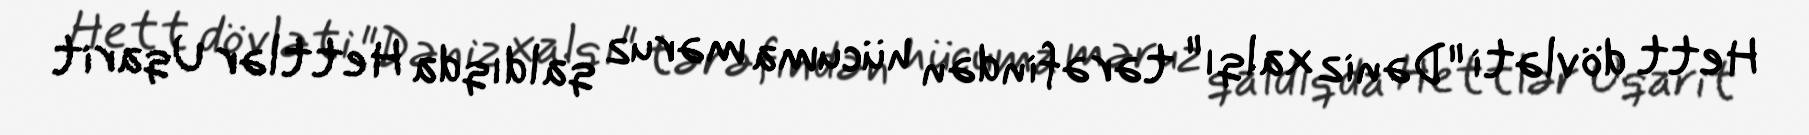
Hett dövləti "Dəniz xalqı" tərəfindən hücuma məruz qaldıqda Hettlər Uqarit